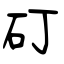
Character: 矴